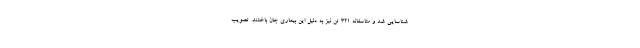
شناسایی شد و متاسفانه ۳۲۱ تن نیز به دلیل این بیماری جان باختند. تصویب